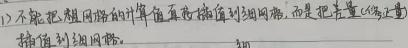
1) 不能把粗网络的计算值直接插值到细网络，而是把差量 (如流量) 插值到细网络。

这段内容没有涉及到公式环境，无需按照规则对其进行特殊处理，直接输出即可。